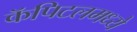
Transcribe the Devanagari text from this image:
कॅपिटलमध्ये